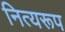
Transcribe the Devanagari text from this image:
नित्यरूप